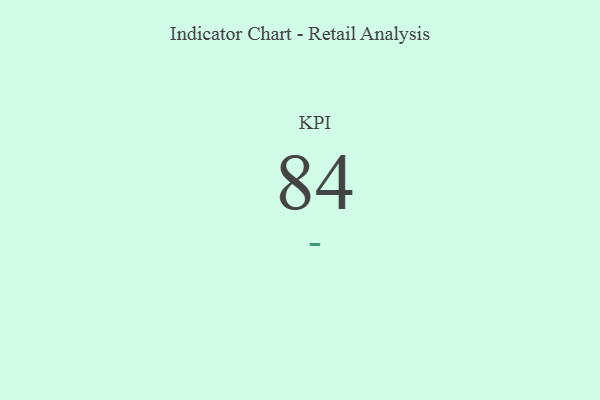
{"axis": {"x": "KPI", "y": "Value"}, "legend": [""], "data": [{"x": "KPI", "y": 84, "type": ""}]}